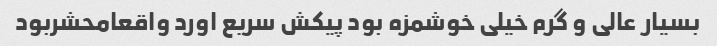
بسیار عالی و گرم خیلی خوشمزه بود پیکش سریع اورد واقعامحشربود